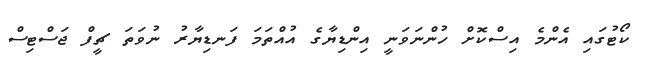
ކޯޓުގައި އެންމެ އިސްކޮށް ހުންނަވަނީ އިންޑިޔާގެ އުއްތަމަ ފަނޑިޔާރު ނުވަތަ ޗީފް ޖަސްޓިސް